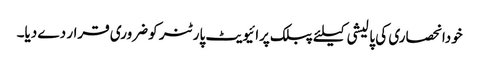
خودانحصاری کی پالیشی کیلئے پبلک پرائیویٹ پارٹنر کو ضروری قرار دے دیا۔